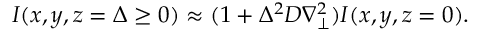
I ( x , y , z = \Delta \ge 0 ) \approx ( 1 + \Delta ^ { 2 } D \nabla _ { \perp } ^ { 2 } ) I ( x , y , z = 0 ) .